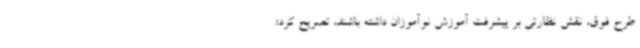
طرح فوق، نقش نظارتی بر پیشرفت آموزش نوآموزان داشته باشند، تصریح کرد: